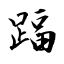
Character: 踾